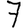
Digit: 7